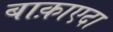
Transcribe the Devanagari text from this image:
बाक़ाएदा